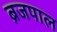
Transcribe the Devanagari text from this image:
ब्रजपाल